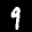
Label: 9